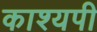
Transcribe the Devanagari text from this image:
काश्यपी